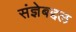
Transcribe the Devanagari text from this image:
संज्ञेबद्दल